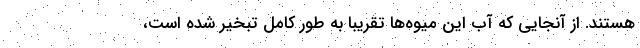
هستند. از آنجایی که آب این میوه‌ها تقریبا به طور کامل تبخیر شده است،